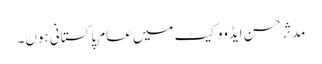
مدثر حسن ایڈووکیٹ میں عام پاکستانی ہوں۔